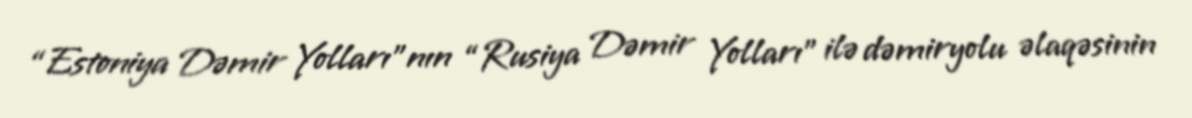
“Estoniya Dəmir Yolları”nın “Rusiya Dəmir Yolları” ilə dəmiryolu əlaqəsinin